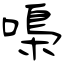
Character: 嘄